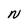
Character: N